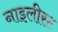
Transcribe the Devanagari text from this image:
नाइलीस्ट